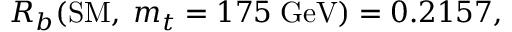
R _ { b } ( \mathrm { S M } , \; m _ { t } = 1 7 5 \; \mathrm { G e V } ) = 0 . 2 1 5 7 ,